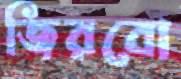
জিরবো